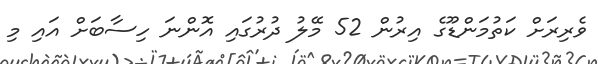
ވެރިރަށް ކަތުމަންޑޫގެ އިރުން 52 މޭލު ދުރުގައި އޮންނަ ހިސާބަށް އައި މި